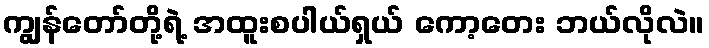
ကျွန်တော်တို့ရဲ့ အထူးစပါယ်ရှယ် ကော့တေး ဘယ်လိုလဲ။